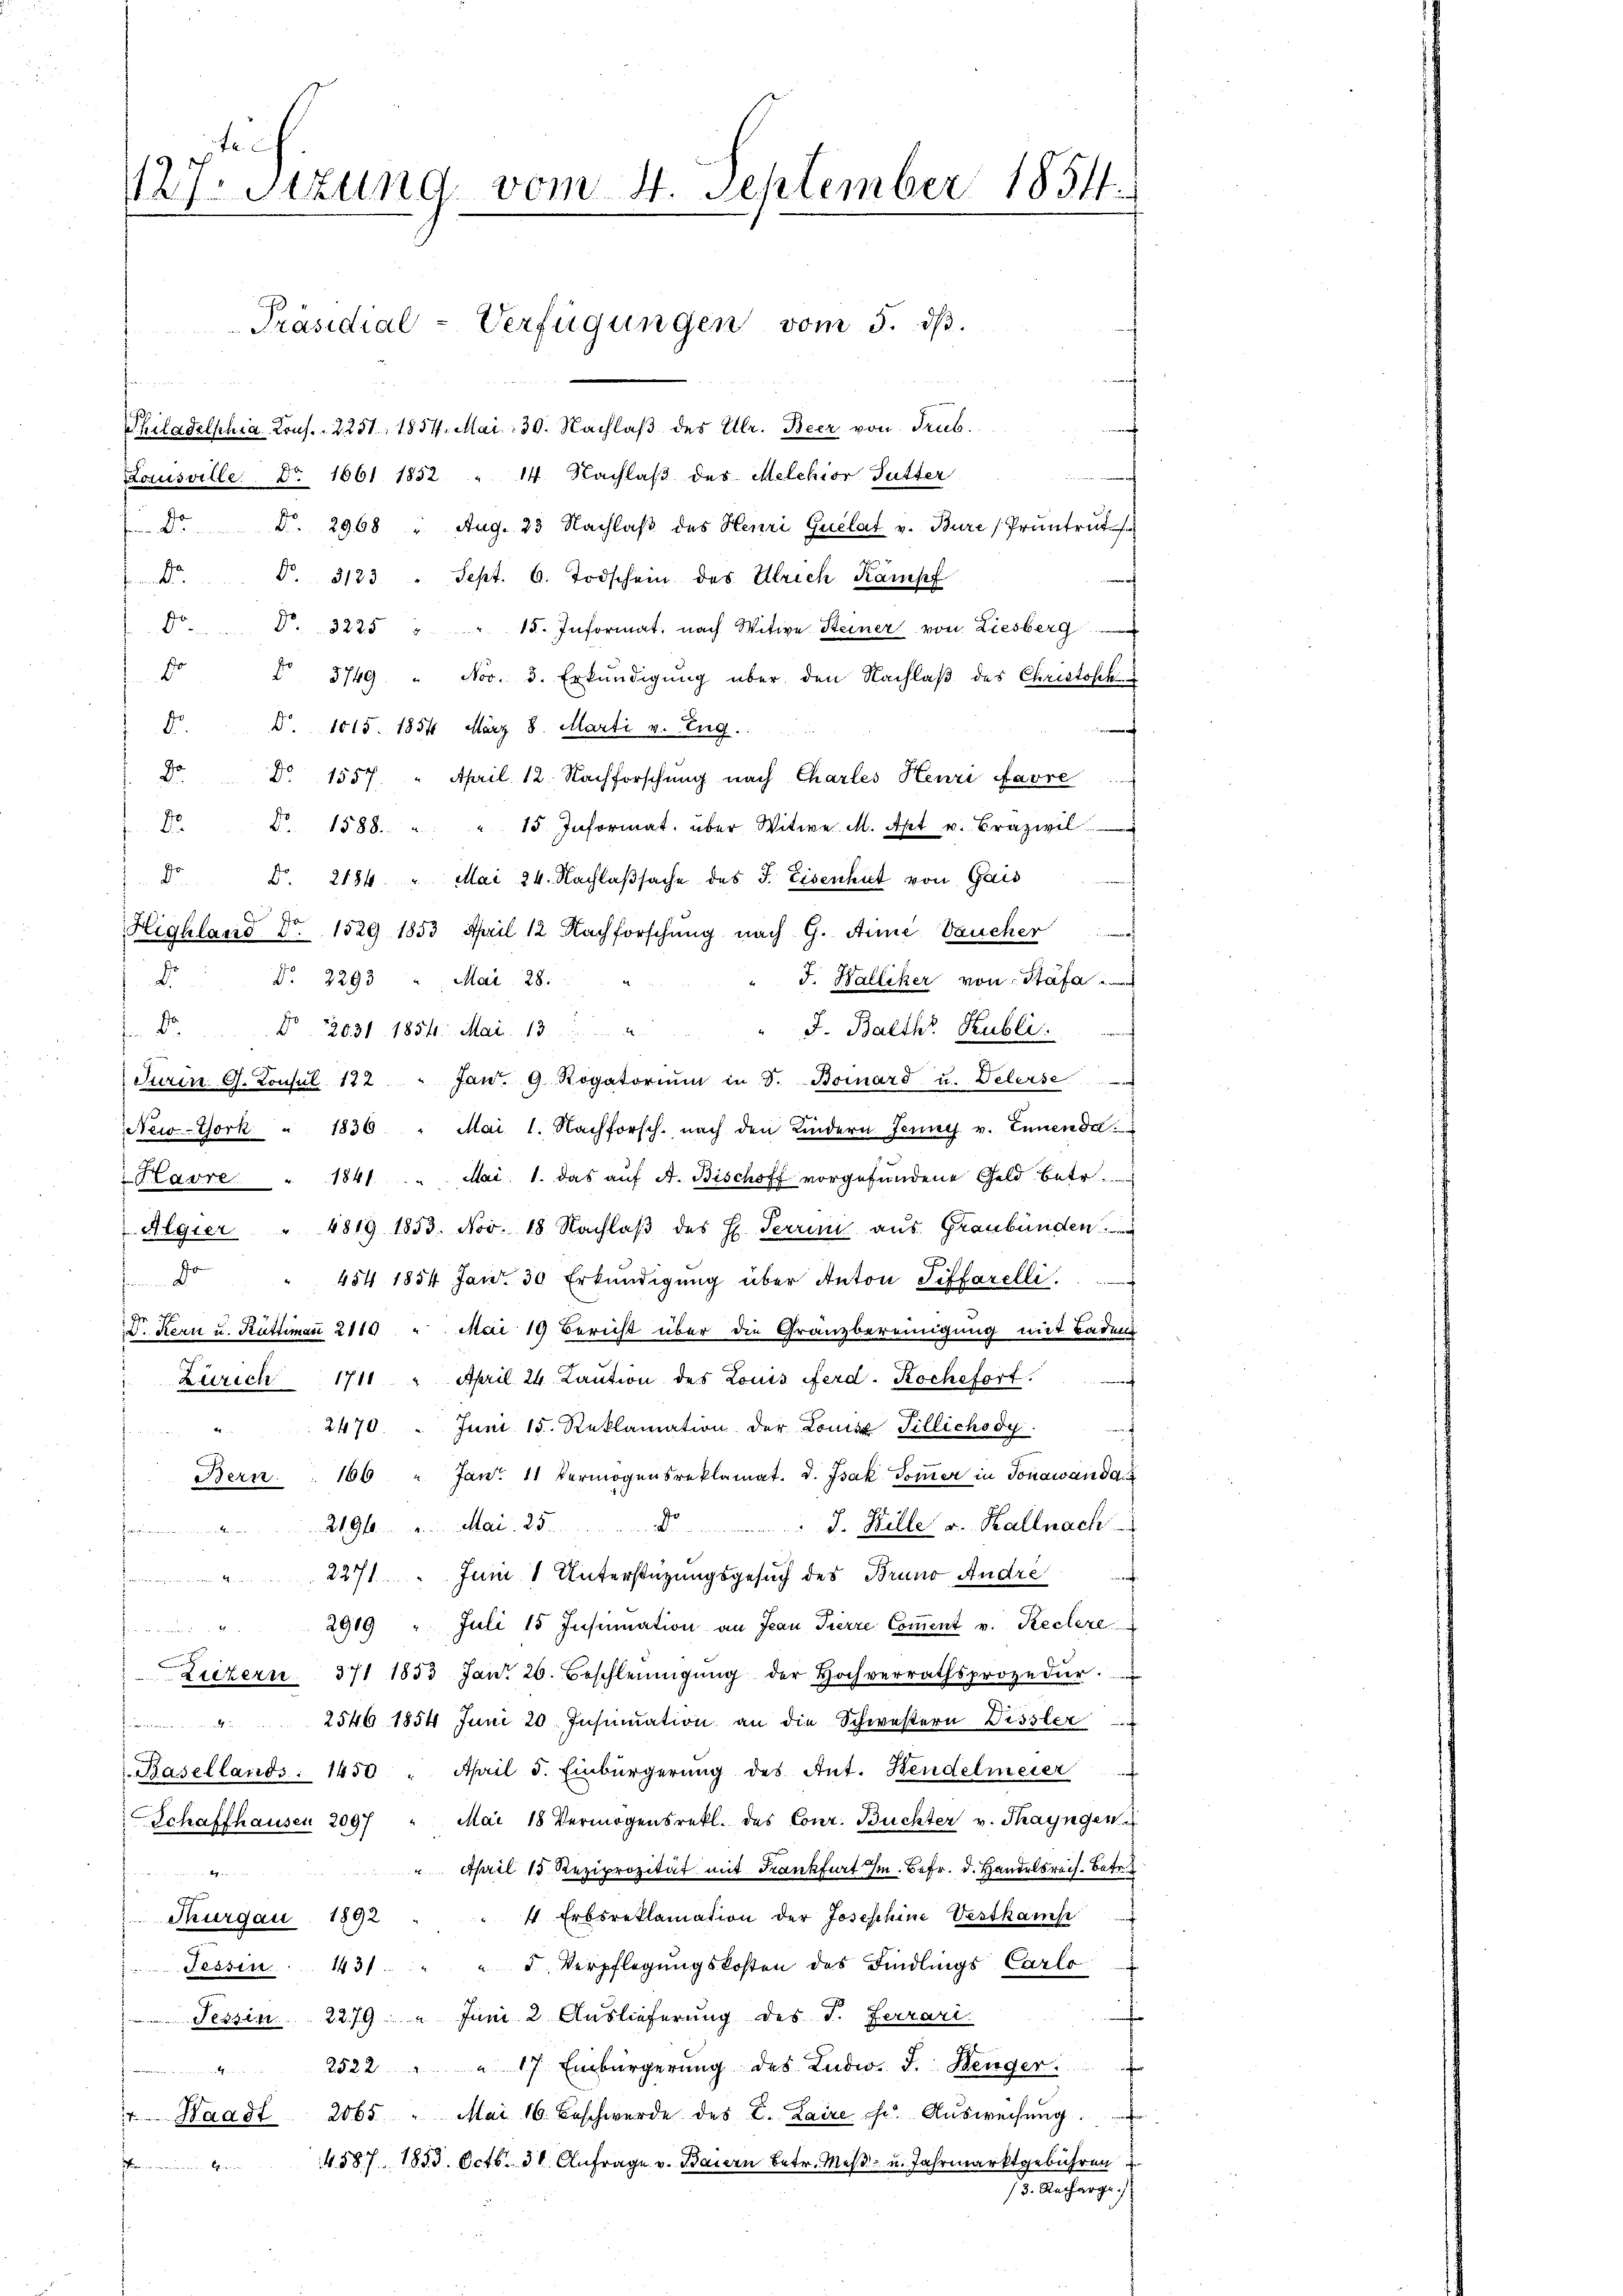
127. Sizung vom 4. September 1851.
f

fa
9
Philadelphia Cons. 2251, 1854. Mai: 30. Nachlaβ des Ulr. Beer von Trub.
s
Louisville Nr. 1661. 1852 " 14. Nachlaß des Melchior Sutter
 Dr. d. 2968 " Aug. 23 Nachlaβ des Henri Guelat v. Bure /Pruntruts
4
d. d. 3123 " Sept. 6. Todschein des Ulrich Kampf
po P. 3225 " " 15. Informat, nach Witwe Steiner von Liesberg
d. § 3749 " Nov. 3. Erkŭndigŭng über den Nachlaβ des Christock
a
d §. 1015. 1854 März 8. Marti v. Eug.
Do
Do 1557. April 12. Nachforschung nach Chartes Henri Favre ....
. §. 1588. " " 15 Informat. über Witwe M. Art u. Crazivil
" §. 2184. " Mai 24. Nachlaßsache des J. Eisenhut von Gais
Highland dr. 1529 1853 April 12 Nachforschung nach G. Arme Vaucher
E
No. 3293 " Mai 28.
F. Halliker von Stäfa
"o No 12031 1854. Mai. 13.
J. Balth. Publi
Turin G. Consul 122 " Jan. 9. Rogatoriŭm in d. Bornard u. Delerse
New-York " 1830 " Mai 1. Nachforsch. nach den Kindern Jenny v. Ennenda
Havre " 1841 . . . Mai. 1. das auf A. Bischoff vorgefundene Geld betr.
Algier " 4819 1853. Nov. 18 Nachlaß des H. Terrini aus Graubünden
 454 1854 Janr. 30 Erkŭndigŭng über Anton Tiffarelli.
f
V. Kern u. Rüttimaṅ 2110 " Mai 19 Bericht über die Granzbereinigung mit Baden
Zürich 1711 " April 24. Kaution des Louis Ferd. Koche fort.
2470. " Juni 15. Reklamation der Louisz Tillichody.
Bern . 166 " Jan. 11 Vermögensreklamat. d. Jsak Soṁer in Jonawand au
2196 u. Mai 25. d. J. Wille v. Kallnach

2271. " Juni 1 Unterstützŭngsgesŭch des Bruno, Andre
2919 " Juli 15 Insinuation an Jean Pierre Comment v. Keclere
Luzern 371 1853 Jan. 26. Beschleinigŭng der Hochverrathsprozedŭr.
2546 1854 Juni 20 Insinuation an die Schwestern Vissler
Basellands: 1450 " April d. Einbürgerung des Ant. Bendelmeier
Schaffhausen 2097 " Mai 18 Vermögensrekl. des Conr. Büchter v. Thayngen
" April 15 Reziprozität mit Frankfurt im Befr. d. Handelsrech. Betr
4.
" 4. Erbsreklamation der Josephine Vestkamp
 Thurgau 1892
Tessin . 1431. " " J. Verpflegŭngskosten des Findlings Carlo
e
 Tessin 2279. 2 Juni 2 Auslieferung des J. Ferrari
2522 " " 17. Einbürgerŭng des Ludw. J. Wenger.
nn
4. Waadt 2065 " Mai 16. Beschwerde des C. Laire che Aŭsweisŭng.
4587. 1853. Octb. 31. Aufrage v. Bauen betr. Meß- u. Jahrmarktgebühren
omainen Gen
73. Aucharge

Präsidial-Verfügungen vom 5. dβ.